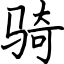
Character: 骑